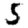
Digit: 5